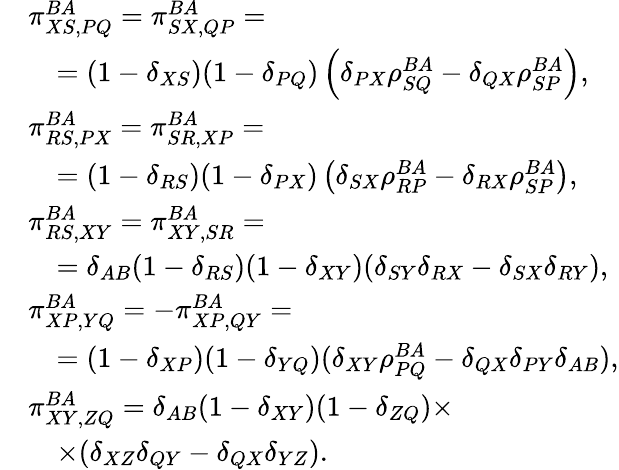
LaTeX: \begin{array}{rl}&{\pi_{XS,PQ}^{BA}=\pi_{SX,QP}^{BA}=}\\ &{\quad=(1-\delta_{XS})(1-\delta_{PQ})\left(\delta_{PX}\rho_{SQ}^{BA}-\delta_{QX}\rho_{SP}^{BA}\right),}\\ &{\pi_{RS,PX}^{BA}=\pi_{SR,XP}^{BA}=}\\ &{\quad=(1-\delta_{RS})(1-\delta_{PX})\left(\delta_{SX}\rho_{RP}^{BA}-\delta_{RX}\rho_{SP}^{BA}\right),}\\ &{\pi_{RS,XY}^{BA}=\pi_{XY,SR}^{BA}=}\\ &{\quad=\delta_{AB}(1-\delta_{RS})(1-\delta_{XY})(\delta_{SY}\delta_{RX}-\delta_{SX}\delta_{RY}),}\\ &{\pi_{XP,YQ}^{BA}=-\pi_{XP,QY}^{BA}=}\\ &{\quad=(1-\delta_{XP})(1-\delta_{YQ})(\delta_{XY}\rho_{PQ}^{BA}-\delta_{QX}\delta_{PY}\delta_{AB}),}\\ &{\pi_{XY,ZQ}^{BA}=\delta_{AB}(1-\delta_{XY})(1-\delta_{ZQ})\times}\\ &{\quad\times(\delta_{XZ}\delta_{QY}-\delta_{QX}\delta_{YZ}).}\end{array}